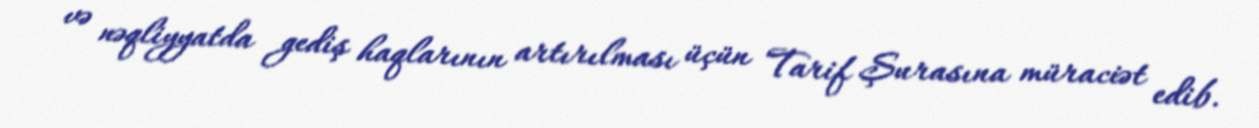
və nəqliyyatda gediş haqlarının artırılması üçün Tarif Şurasına müraciət edib.